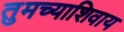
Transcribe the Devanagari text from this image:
तुमच्याशिवाय